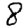
Digit: 8